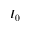
I _ { 0 }